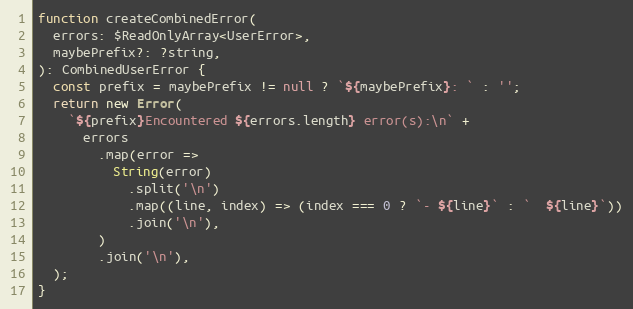
Language: JavaScript
function createCombinedError(
  errors: $ReadOnlyArray<UserError>,
  maybePrefix?: ?string,
): CombinedUserError {
  const prefix = maybePrefix != null ? `${maybePrefix}: ` : '';
  return new Error(
    `${prefix}Encountered ${errors.length} error(s):\n` +
      errors
        .map(error =>
          String(error)
            .split('\n')
            .map((line, index) => (index === 0 ? `- ${line}` : `  ${line}`))
            .join('\n'),
        )
        .join('\n'),
  );
}